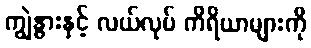
ကျွဲနွားနှင့် လယ်လုပ် ကိရိယာများကို